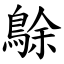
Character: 鵌